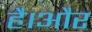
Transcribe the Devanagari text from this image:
है।अौर